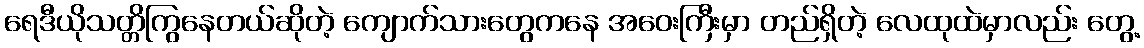
ရေဒီယိုသတ္တိကြွနေတယ်ဆိုတဲ့ ကျောက်သားတွေကနေ အဝေးကြီးမှာ တည်ရှိတဲ့ လေထုထဲမှာလည်း တွေ့